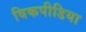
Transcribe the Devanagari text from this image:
विकपीडिया